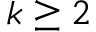
k \geq 2